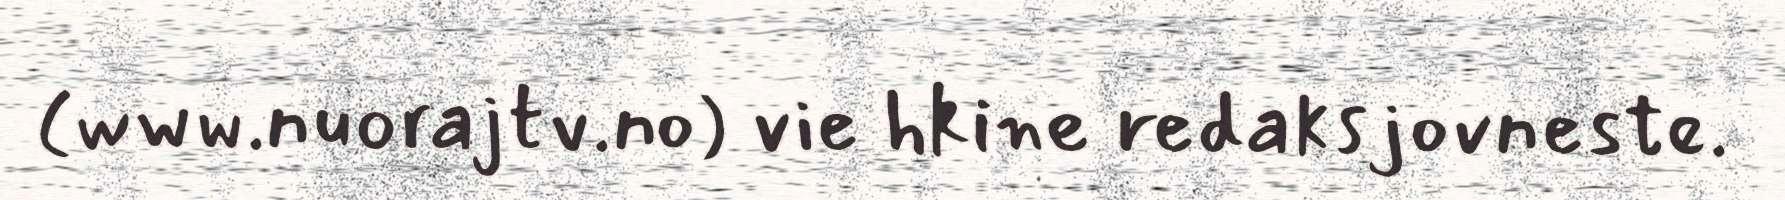
(www.nuorajtv.no) vie hkine redaksjovneste.